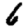
Digit: 6